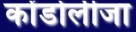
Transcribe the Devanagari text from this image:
कोंडोलीजा